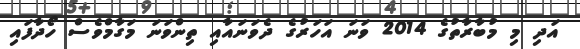
އަދި މި މުބާރާތުގެ 2014 ވަނަ އަހަރުގެ ދެވަނައާއި ތިންވަނަ މަގާމްވެސް ހޯދާފައި